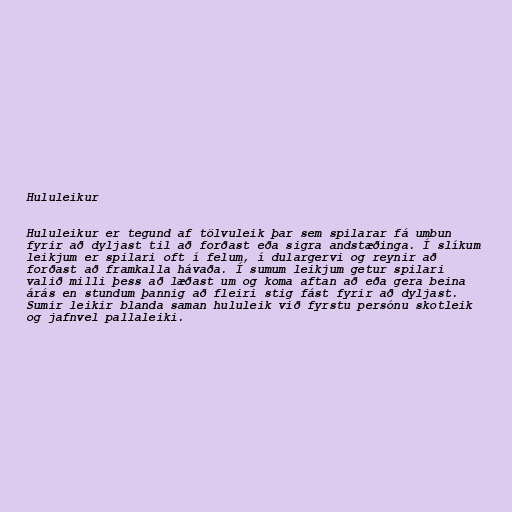
Hululeikur

Hululeikur er tegund af tölvuleik þar sem spilarar fá umbun
fyrir að dyljast til að forðast eða sigra andstæðinga. Í slíkum
leikjum er spilari oft í felum, í dulargervi og reynir að
forðast að framkalla hávaða. Í sumum leikjum getur spilari
valið milli þess að læðast um og koma aftan að eða gera beina
árás en stundum þannig að fleiri stig fást fyrir að dyljast.
Sumir leikir blanda saman hululeik við fyrstu persónu skotleik
og jafnvel pallaleiki.